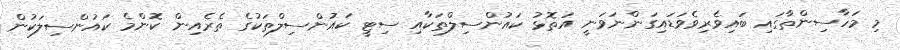
މި މަހާސިންތާގައި ބައިވެރިވެވަޑައިގަންނަވަނީ އަތޮޅު ކައުންސިލްތަކާއި ސިޓީ ކައުންސިލްތަކުގެ ތެރެއިން ކޮންމެ ކައުންސިލަކުން